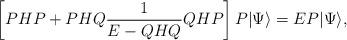
LaTeX: \begin{align*}\left[ PHP + PHQ\frac{1}{E-QHQ}QHP\right] P|\Psi\rangle = E P|\Psi\rangle, \end{align*}